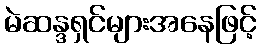
မဲဆန္ဒရှင်များအနေဖြင့်